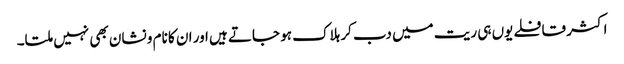
اکثر قافلے یوں ہی ریت میں دب کر ہلاک ہو جاتے ہیں اور ان کا نام و نشان بھی نہیں ملتا۔